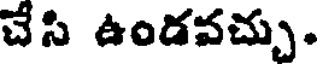
చేసి ఉండవచ్చు.